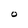
Character: O